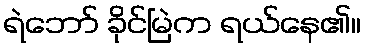
ရဲဘော် ခိုင်မြဲက ရယ်နေ၏။